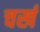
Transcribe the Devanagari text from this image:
चर्ख